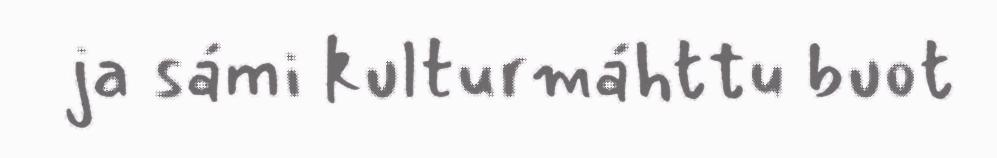
ja sámi kulturmáhttu buot